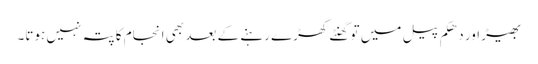
بھیڑ اور دھکم پیل میں تو گھنٹے کھڑے رہنے کے بعد بھی انجام کا پتہ نہیں ہوتا۔